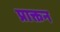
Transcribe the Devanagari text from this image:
प्राक्तन